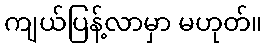
ကျယ်ပြန့်လာမှာ မဟုတ်။